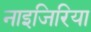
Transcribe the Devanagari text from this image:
नाइजिरिया